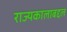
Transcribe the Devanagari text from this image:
राज्यकालाबद्दल